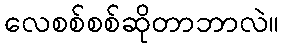
လေစစ်စစ်ဆိုတာဘာလဲ။